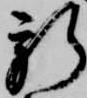
新